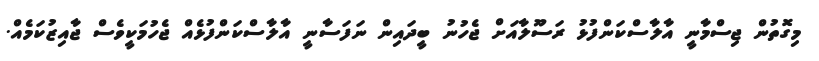
މިގޮތުން ޖިސްމާނީ އާލާސްކަންފުޅު ރަސޫލާއަށް ޖެހުނު ބީދައިން ނަފަސާނީ އާލާސްކަންފުޅެއް ޖެހުމަކީވެސް ޖާއިޒުކަމެއް.